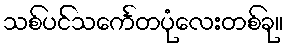
သစ်ပင်သင်္ကေတပုံလေးတစ်ခု။